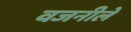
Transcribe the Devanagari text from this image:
वजनीले